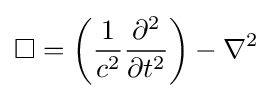
\Box =\left({\frac {1}{c^{2}}}{\frac {\partial ^{2}}{\partial t^{2}}}\right)-\nabla ^{2}